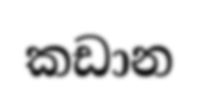
කඩාන